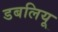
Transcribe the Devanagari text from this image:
डबलियू